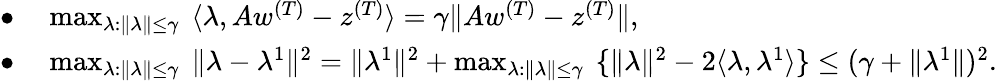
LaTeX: \begin{array}{rl}{\bullet\ }&{\operatorname*{max}_{\lambda:\| \lambda\| \leq\gamma}\ \langle\lambda,Aw^{(T)}-z^{(T)}\rangle=\gamma\| Aw^{(T)}-z^{(T)}\| ,}\\ {\bullet\ }&{\operatorname*{max}_{\lambda:\| \lambda\| \leq\gamma}\ \| \lambda-\lambda^{1}\| ^{2}=\| \lambda^{1}\| ^{2}+\operatorname*{max}_{\lambda:\| \lambda\| \leq\gamma}\ \{ \| \lambda\| ^{2}-2\langle\lambda,\lambda^{1}\rangle\} \leq(\gamma+\| \lambda^{1}\| )^{2}.}\end{array}